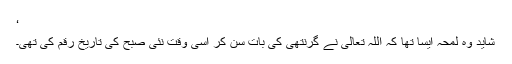
‘
شاید وہ لمحہ ایسا تھا کہ اللہ تعالیٰ نے گرنتھی کی بات سن کر اسی وقت نئی صبح کی تاریخ رقم کی تھی۔